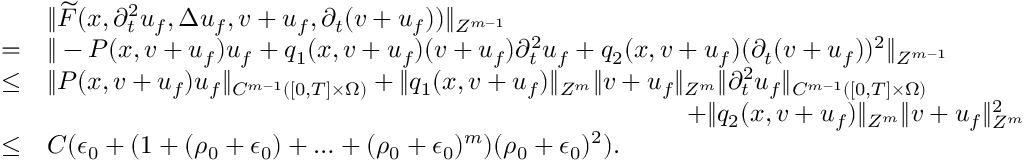
\begin{array} { r l } & { \| \widetilde { F } ( x , \partial _ { t } ^ { 2 } u _ { f } , \Delta u _ { f } , v + u _ { f } , \partial _ { t } ( v + u _ { f } ) ) \| _ { Z ^ { m - 1 } } } \\ { = } & { \| - P ( x , v + u _ { f } ) u _ { f } + q _ { 1 } ( x , v + u _ { f } ) ( v + u _ { f } ) \partial _ { t } ^ { 2 } u _ { f } + q _ { 2 } ( x , v + u _ { f } ) ( \partial _ { t } ( v + u _ { f } ) ) ^ { 2 } \| _ { Z ^ { m - 1 } } } \\ { \leq } & { \| P ( x , v + u _ { f } ) u _ { f } \| _ { C ^ { m - 1 } ( [ 0 , T ] \times \Omega ) } + \| q _ { 1 } ( x , v + u _ { f } ) \| _ { Z ^ { m } } \| v + u _ { f } \| _ { Z ^ { m } } \| \partial _ { t } ^ { 2 } u _ { f } \| _ { C ^ { m - 1 } ( [ 0 , T ] \times \Omega ) } } \\ & { \quad \quad \quad \quad \quad \quad \quad \quad \quad \quad \quad \quad \quad \quad \quad \quad \quad \quad \quad \quad \quad \quad \quad \quad \quad + \| q _ { 2 } ( x , v + u _ { f } ) \| _ { Z ^ { m } } \| v + u _ { f } \| _ { Z ^ { m } } ^ { 2 } } \\ { \leq } & { C ( \epsilon _ { 0 } + ( 1 + ( \rho _ { 0 } + \epsilon _ { 0 } ) + \ldots + ( \rho _ { 0 } + \epsilon _ { 0 } ) ^ { m } ) ( \rho _ { 0 } + \epsilon _ { 0 } ) ^ { 2 } ) . } \end{array}